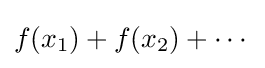
f(x_{1})+f(x_{2})+\cdots